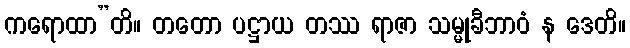
ကရောထာ”တိ။ တတော ပဋ္ဌာယ တဿ ရာဇာ သမ္မုခီဘာဝံ န ဒေတိ။